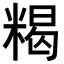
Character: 𥻉